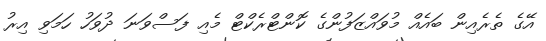
އޭގެ ތެރެއިން ބައެއް މުވައްޒަފުންގެ ކޮންޓްރެކްޓް މެއި ފަސްވަނަ ދުވަހު ހަމަވި އިރު